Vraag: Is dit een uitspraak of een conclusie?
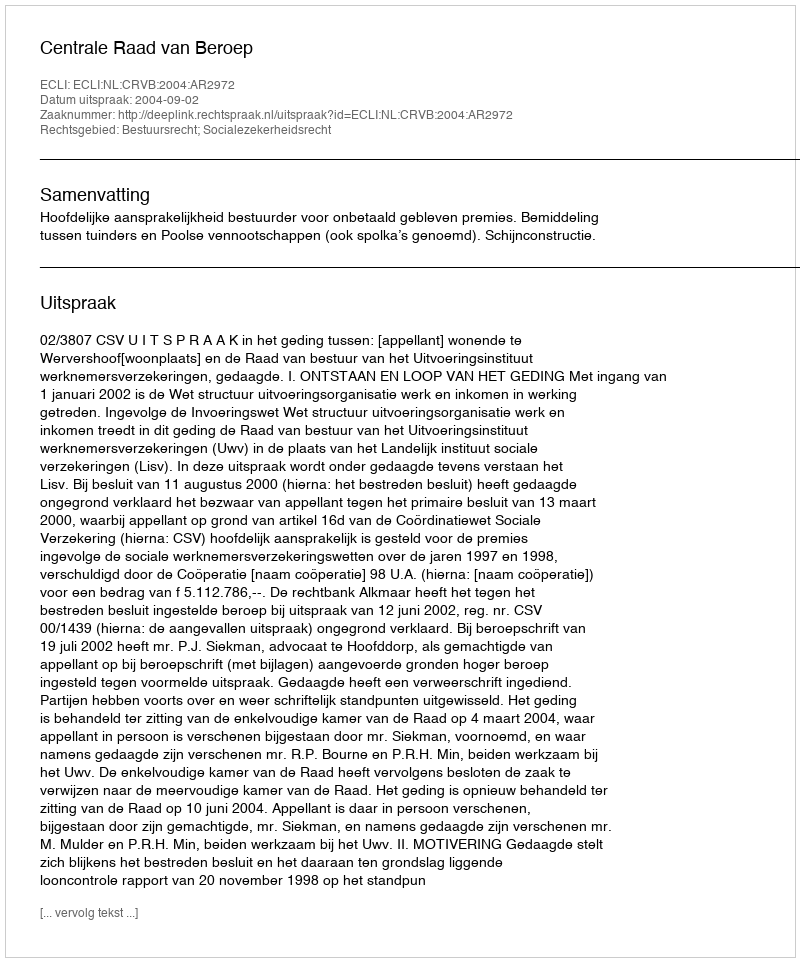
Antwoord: Uitspraak